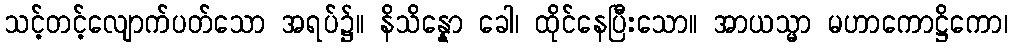
သင့်တင့်လျောက်ပတ်သော အရပ်၌။ နိသိန္နော ခေါ၊ ထိုင်နေပြီးသော။ အာယသ္မာ မဟာကောဋ္ဌိကော၊